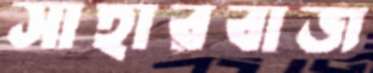
সাহারবাজ